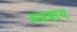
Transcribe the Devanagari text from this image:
अप्रदाय